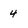
Character: 4